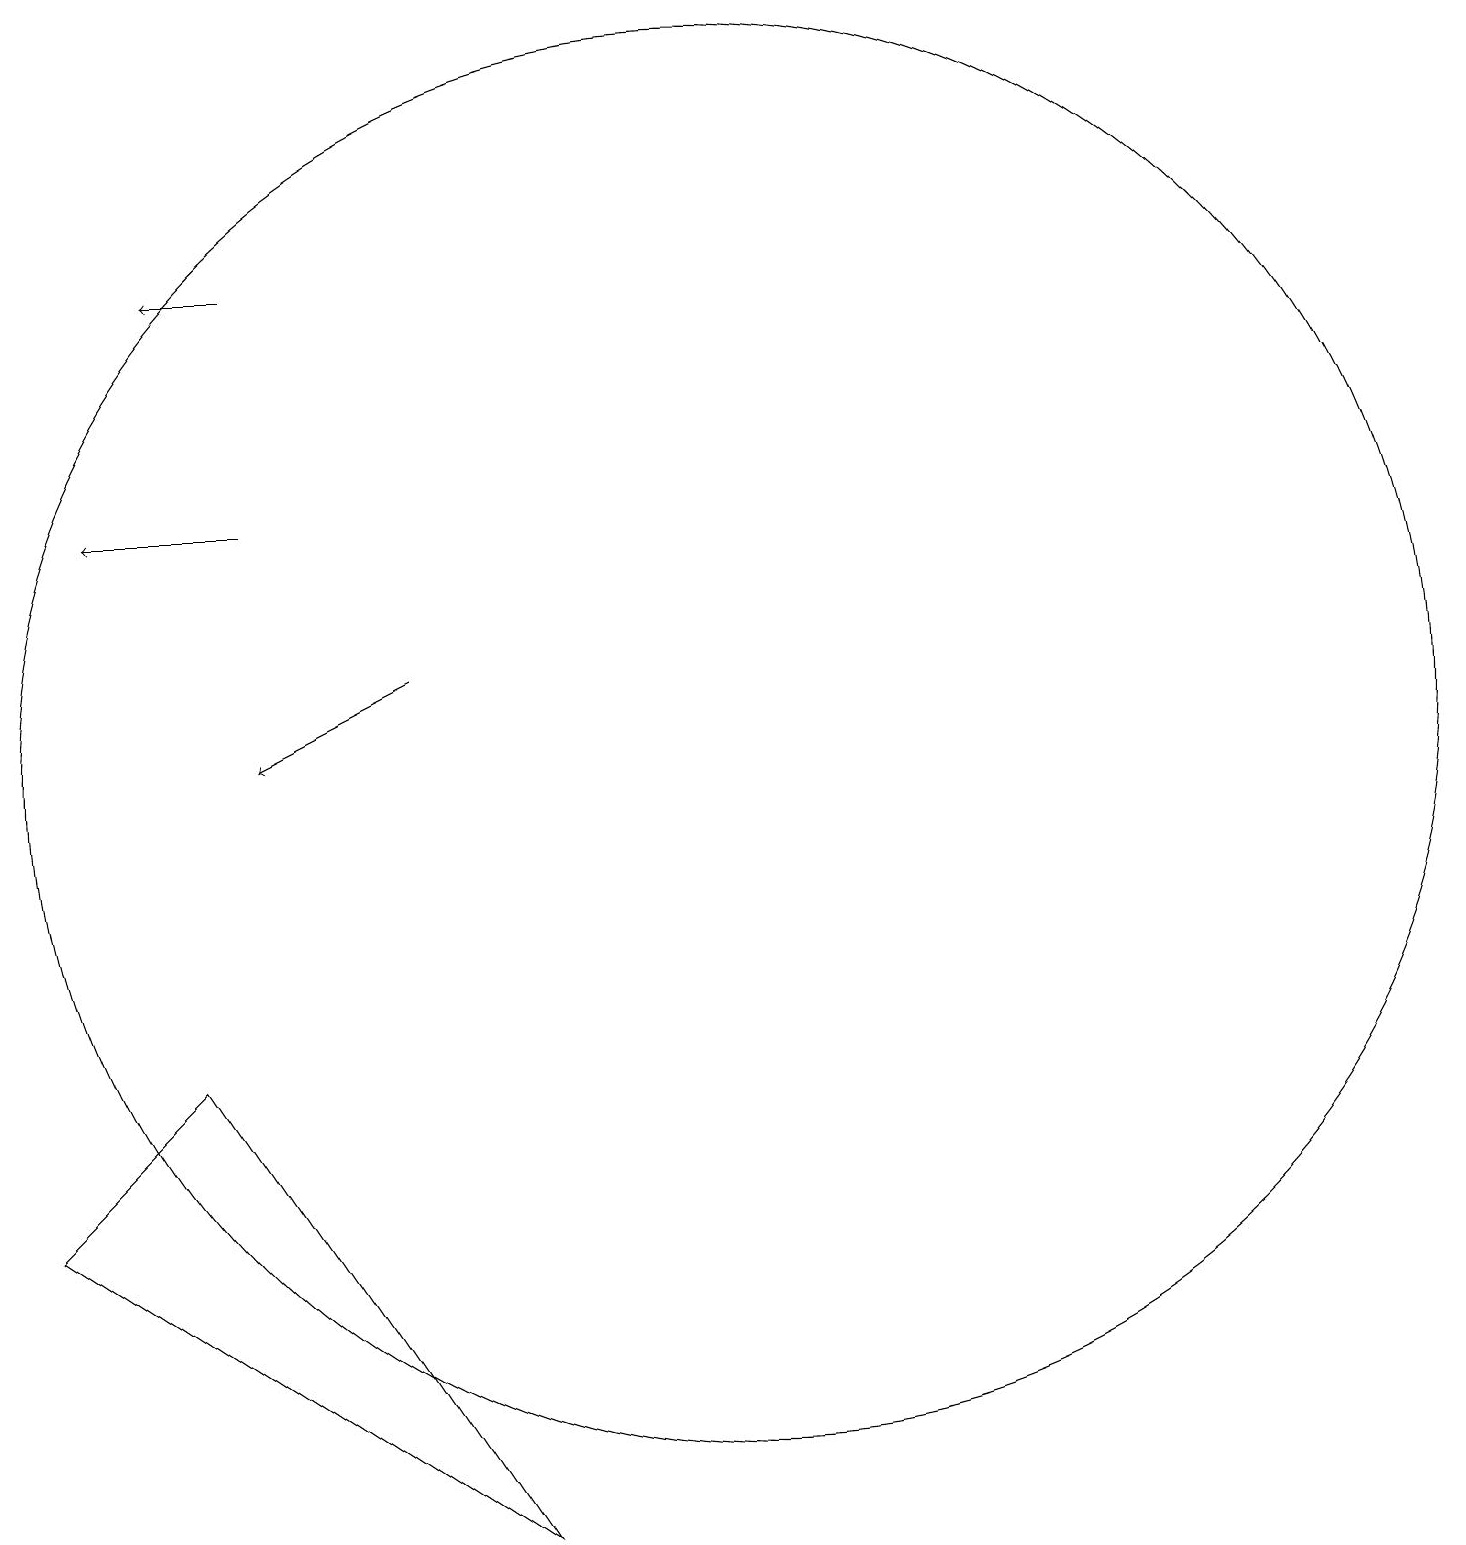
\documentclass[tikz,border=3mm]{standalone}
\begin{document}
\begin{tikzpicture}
\draw (8,2) -- (4,8) -- (2,6) -- cycle;
\draw[->] (7,13) -- (5,12);
\draw (11,12) circle (9);
\draw (12,11) circle (0);
\draw[->] (5,15) -- (3,15);
\draw[->] (5,18) -- (4,18);
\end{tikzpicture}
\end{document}